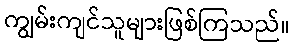
ကျွမ်းကျင်သူများဖြစ်ကြသည်။